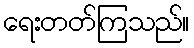
ရေးတတ်ကြသည်။